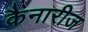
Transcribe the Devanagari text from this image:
कैनारीज